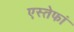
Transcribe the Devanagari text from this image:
एस्तेफां